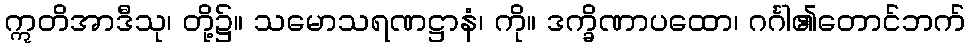
ဣတိအာဒီသု၊ တို့၌။ သမောသရဏဋ္ဌာနံ၊ ကို။ ဒက္ခိဏာပထော၊ ဂင်္ဂါ၏တောင်ဘက်